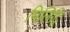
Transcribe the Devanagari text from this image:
मिलिट्रि